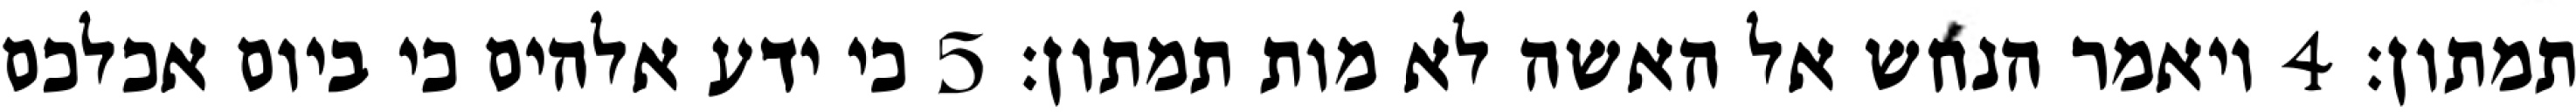
תמתון׃ ‎4‏ ויאמר הנחש אל האשה לא מות תמתון׃ ‎5‏ כי ידע אלהים כי ביום אכלכם